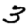
Digit: 3